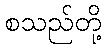
စသည်တို့